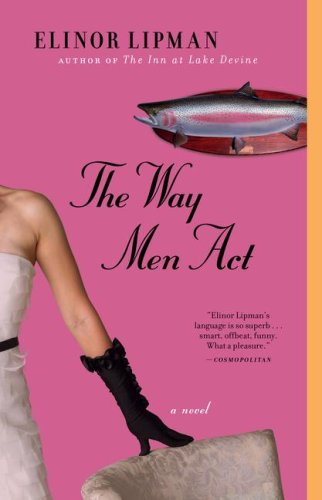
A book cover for The Way Men Act: A Novel; Elinor Lipman; Literature & Fiction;